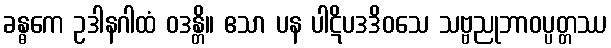
ခန္ဓကေ ဥဒါနဂါထံ ဝဒန္တိ။ ဧသာ ပန ပါဋိပဒဒိဝသေ သဗ္ဗညုဘာဝပ္ပတ္တဿ